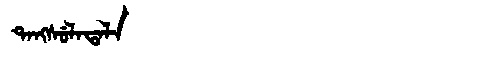
Manchu: ᡨᠠᠩᠰᡠᠯᠠᡨᠠᠯᠠ
Romanization: TANGSULATALA